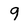
Character: q